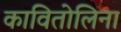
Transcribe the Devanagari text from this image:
कावितोलिना